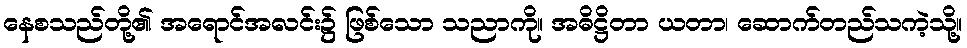
နေစသည်တို့၏ အရောင်အလင်း၌ ဖြစ်သော သညာကို။ အဓိဋ္ဌိတာ ယတာ၊ ဆောက်တည်သကဲ့သို့။